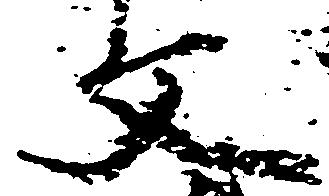
文